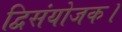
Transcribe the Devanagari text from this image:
द्विसंयोजक।